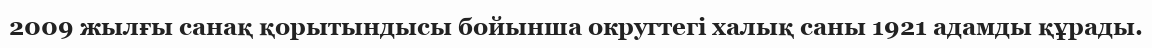
2009 жылғы санақ қорытындысы бойынша округтегі халық саны 1921 адамды құрады.